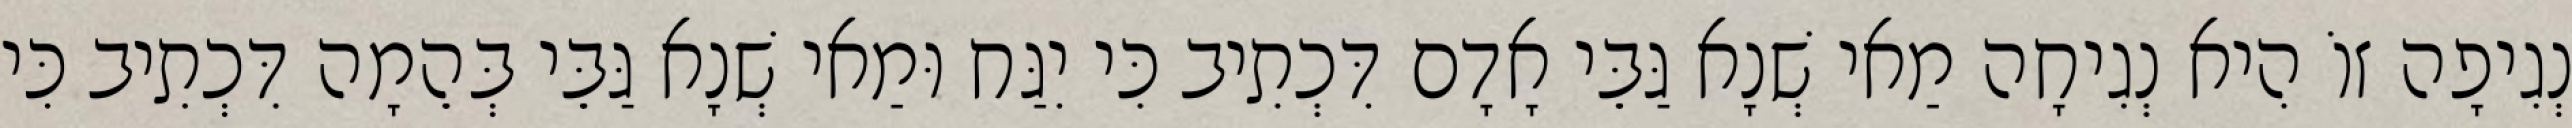
נְגִיפָה זוֹ הִיא נְגִיחָה מַאי שְׁנָא גַּבֵּי אָדָם דִּכְתִיב כִּי יִגַּח וּמַאי שְׁנָא גַּבֵּי בְּהֵמָה דִּכְתִיב כִּי